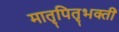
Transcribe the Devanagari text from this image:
मातृपितृभक्ती